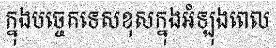
ក្នុងបច្ចេកទេសខុសក្នុងអំឡុងពេល